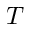
T